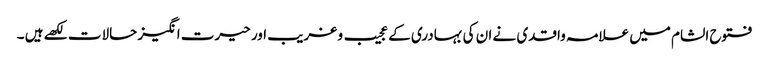
فتوح الشام میں علامہ واقدی نے ان کی بہادری کے عجیب و غریب اور حیرت انگیز حالات لکھے ہیں ۔